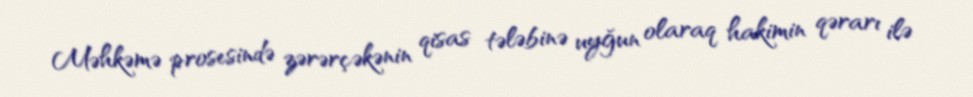
Məhkəmə prosesində zərərçəkənin qisas tələbinə uyğun olaraq hakimin qərarı ilə